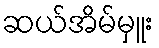
ဆယ်အိမ်မှူး